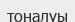
тоналуы